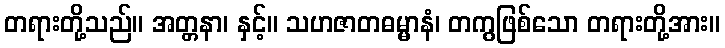
တရားတို့သည်။ အတ္တနာ၊ နှင့်။ သဟဇာတဓမ္မာနံ၊ တကွဖြစ်သော တရားတို့အား။